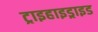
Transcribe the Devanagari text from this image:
ट्राइहाइड्राइड